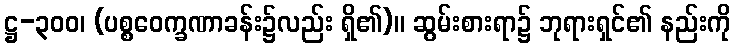
ဋ္ဌ-၃၀၀၊ (ပစ္စဝေက္ခဏာခန်း၌လည်း ရှိ၏)။ ဆွမ်းစားရာ၌ ဘုရားရှင်၏ နည်းကို